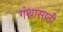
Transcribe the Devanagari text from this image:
गंथासाठी